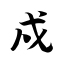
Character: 戍